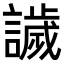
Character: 𧬨